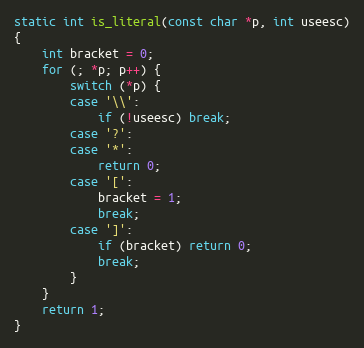
Language: C
static int is_literal(const char *p, int useesc)
{
	int bracket = 0;
	for (; *p; p++) {
		switch (*p) {
		case '\\':
			if (!useesc) break;
		case '?':
		case '*':
			return 0;
		case '[':
			bracket = 1;
			break;
		case ']':
			if (bracket) return 0;
			break;
		}
	}
	return 1;
}